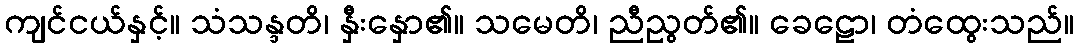
ကျင်ငယ်နှင့်။ သံသန္ဒတိ၊ နှီးနှော၏။ သမေတိ၊ ညီညွတ်၏။ ခေဠော၊ တံထွေးသည်။